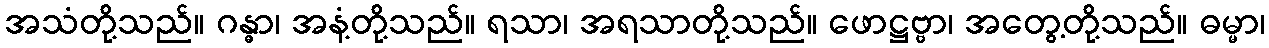
အသံတို့သည်။ ဂန္ဓာ၊ အနံ့တို့သည်။ ရသာ၊ အရသာတို့သည်။ ဖောဋ္ဌဗ္ဗာ၊ အတွေ့တို့သည်။ ဓမ္မာ၊